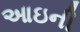
આઇની